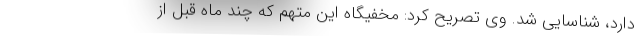
دارد، شناسایی شد. وی تصریح کرد: مخفیگاه این متهم که چند ماه قبل از